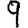
Digit: 9